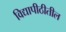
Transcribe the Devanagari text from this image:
विद्यापीठीतील